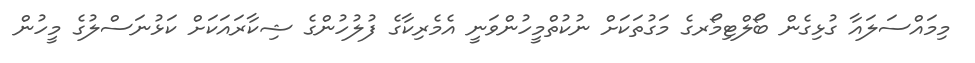
މިމައްސަލައާ ގުޅިގެން ބޯލްޓިމޯރގެ މަގުތަކަށް ނުކުތްމީހުންވަނީ އެމެރިކާގެ ފުލުހުންގެ ޝިކާރައަކަށް ކަޅުނަސްލުގެ މީހުން